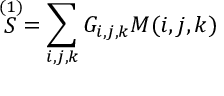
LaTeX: \stackrel { ( 1 ) } { \cal { S } } = \sum _ { i , j , k } G _ { i , j , k } M ( i , j , k )